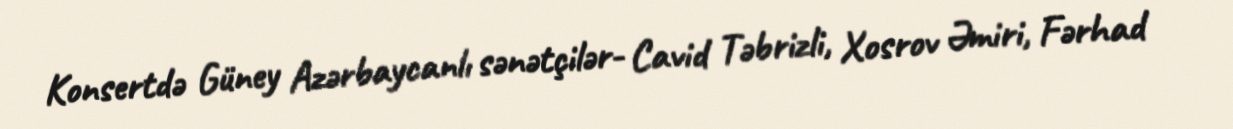
Konsertdə Güney Azərbaycanlı sənətçilər- Cavid Təbrizli, Xosrov Əmiri, Fərhad